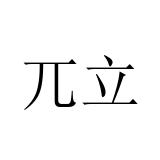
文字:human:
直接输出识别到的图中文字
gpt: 兀立